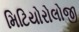
મિટિયોરોલોજી